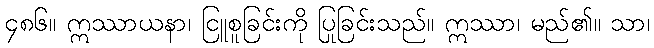
၄၈၆။ ဣဿာယနာ၊ ငြူစူခြင်းကို ပြုခြင်းသည်။ ဣဿာ၊ မည်၏။ သာ၊